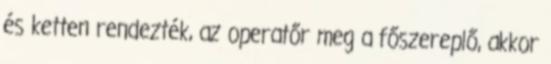
és ketten rendezték, az operatőr meg a főszereplő, akkor